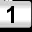
Digit: 1